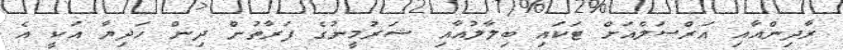
ރާދިންއާއި އަރްސަލްއަށް ޓަކައި ބިލާލުއާއި ޝަރުމީނުގެ ފަރާތުން ދިން ހަދިޔާ އަކީ އެ